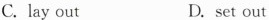
C.lay out D. set out